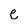
Character: e